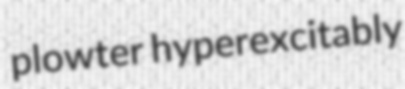
plowter hyperexcitably